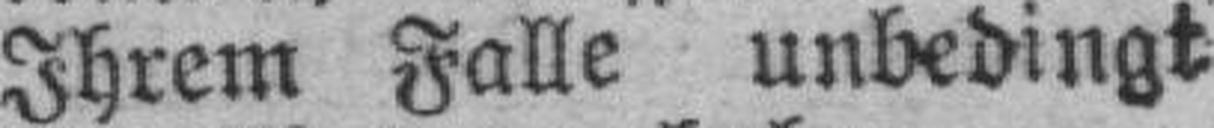
Ihrem Falle unbedingt